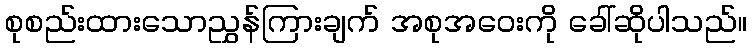
စုစည်းထားသောညွှန်ကြားချက် အစုအဝေးကို ခေါ်ဆိုပါသည်။